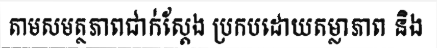
តាមសមត្ថភាពជាក់ស្តែង ប្រកបដោយតម្លាភាព និង